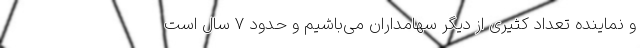
و نماینده تعداد کثیری از دیگر سهامداران می‌باشیم و حدود ۷ سال است